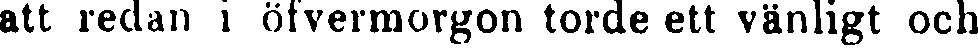
arr redan i öfvermorgon torde ett vänligt och